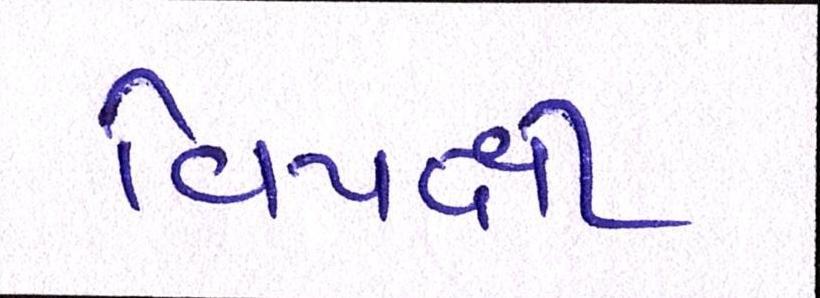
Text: વિપક્ષી